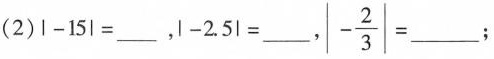
(2)\left |-15\right | =___，\left |-2.5\right | =___，\left |\frac{2}{3}\right |= ___；